Annual report of the Central Committee of the Association together with the report of the directors of the Pasteur Institute at Kasauli
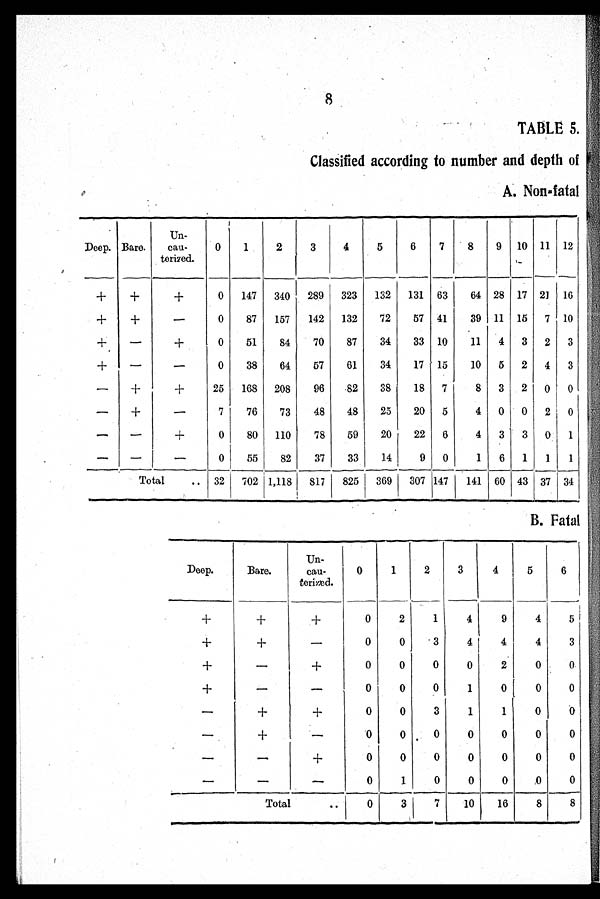
8
TABLE 5.
Classified according to number and depth of
A. Non-fatal
Deep. Bare.
U n
-
cau-
terized.
0
1
2
3
4
5
6
7
8
9 10 11 12
+
+
+
0
147 340 289 323 132 131 63
64 28 17 21 16
+
+
—
0
87
157
142 132
72
57 41
39 11 15 7 10
+
—
+
0
51
84
70
87
34
33 10
11
4 3 2 3
+
—
—
0
38
64
57
61
34
17 15
10
5
2 4 3
—
+
+
25 168 208
96
82
38
18 7
8 3 2 0 0
—
+
—
7
76
73
48
48
25
20 5
4 0 0 2 0
—
—
+
0
80 110
78
59
20
22 6
4 3 3 0 1
—
—
—
0
55
82
37
33
14
9 0
1
6 1
1
1
Total
.. 32 702 1,118 817 825 369 307 147
141 60 43 37 34
B. Fatal
Deep.
Bare.
Un-
cau-
terized.
0
1
2
3
4
5
6
+
+
+
0
2
1
4
9
4
5
+
+
—
0
0
3
4
4
4
3
+
—
+
0
0
0
0
2
0
0
+
_
_
0
0
0
1
0
0
0
_
+
+
0
0
3
1
1
0
0
—
+
—
0
0 0
0
0
0
0
—
_
+
0
0
0
0
0
0
0
—
_
—
0
1
0
0
0
0
0
Total
..
0
3
7
10
16
8
8